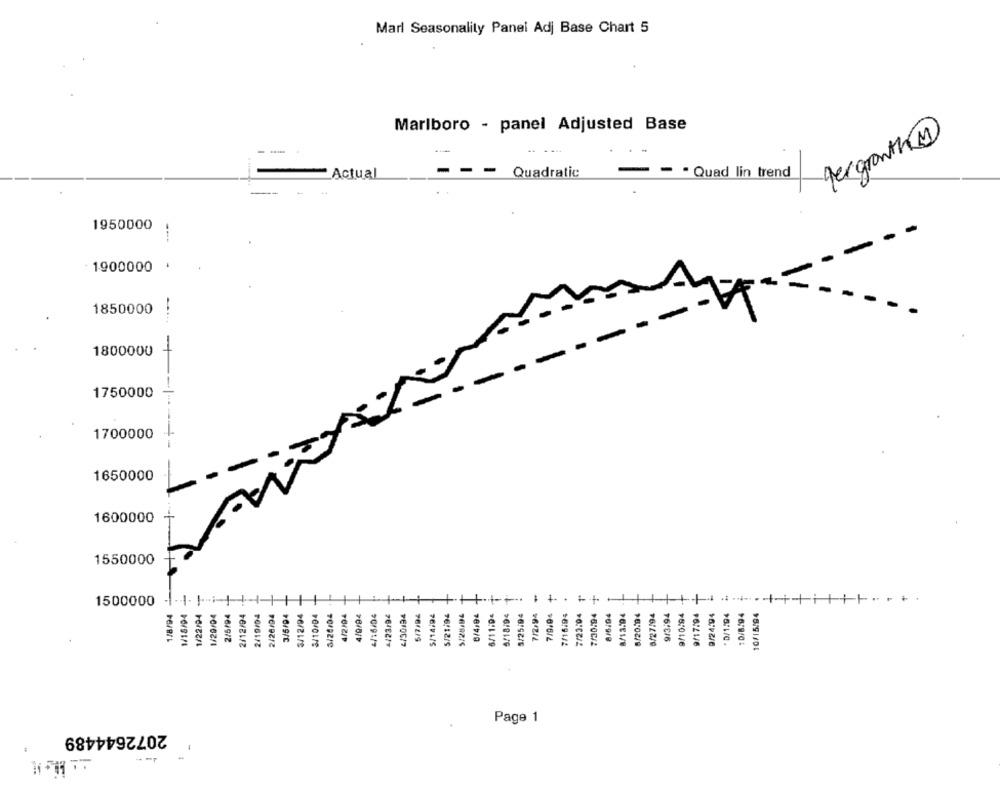
Marl Seasonality Panel Adj Base Chart 5
Marlboro - panel Adjusted Base
gergrowth
Actual
- - Quadratic
--. Quad lin trend
1950000
1900000
1850000
1800000
1750000
1700000
1650000
1600000
1550000
-
1500000
1/8/94
1/18/04
1/22/94
1/20/04
2/5/94
2/12/94
2/19/04
2/20/94
3/5/94
3/12/94
3/10/04
3/26/04
4/2/04
4/9/94
4/16/04
4/23/94
4130194
5/7/94
5/14.94
5/21/94
5/28/94
6/4,94
6/11:04
5/18/94
5/25/94
7/2,94
7/9/04
7/16/94
7/23.04
7/30.94
8/6/04
8/13.94
5/20.9 4
8/27/94
9/3/94
9/10.94
9/17:94
9/24.94
. D/1.94
10/8/94
10/15/94
Page 1
2072644489